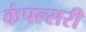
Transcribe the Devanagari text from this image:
कंपल्सरी